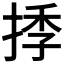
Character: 𢯗